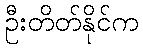
ဦးတိတ်နိုင်က